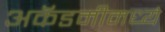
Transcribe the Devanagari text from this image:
अकॅडमीमध्ये